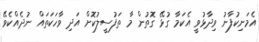
އެމަނިކުފާނު ވިދާޅުވީ އެކަމާ ގުޅޭ ގޮތުން މާ ތަފުސީލުކޮށް އަދި ވާހަކަތައް ނުދެއްކެވޭ